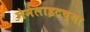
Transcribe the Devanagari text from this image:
नेमेलाइटच्या